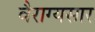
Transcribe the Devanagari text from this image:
वैराग्यसार